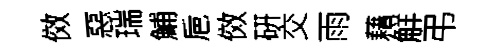
傚惡瑞鯆巵傚硏交雨藉觧弔